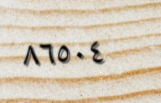
٨٦٥٠٤